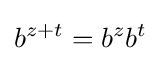
b^{z+t}=b^{z}b^{t}